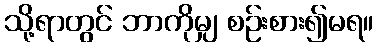
သို့ရာတွင် ဘာကိုမျှ စဉ်းစား၍မရ။